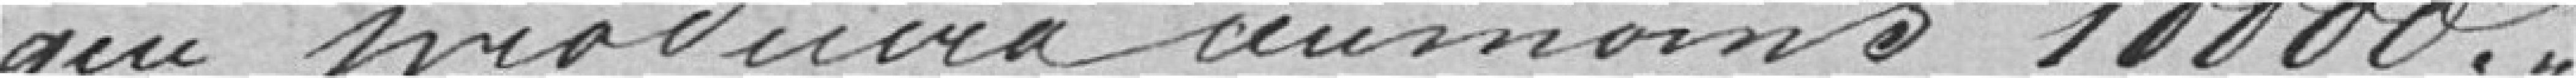
qui produira ay moins 10000